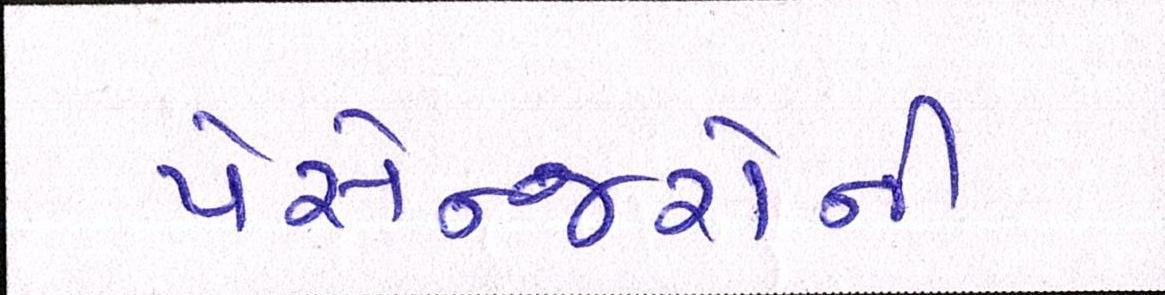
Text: પેસેન્જરોની